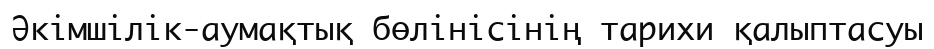
Әкімшілік-аумақтық бөлінісінің тарихи қалыптасуы